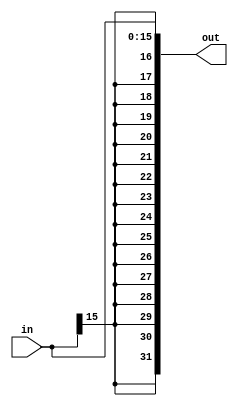
`timescale 1ns / 1ps
//////////////////////////////////////////////////////////////////////////////////
// Company: 
// Engineer: 
// 
// Design Name: 
// Module Name: signExtend
// Project Name: 
// Target Devices: 
// Tool Versions: 
// Description: 
// 
// Dependencies: 
// 
// Revision:
// Revision 0.01 - File Created
// Additional Comments:
// 
//////////////////////////////////////////////////////////////////////////////////


module signExtend(
    input [15:0] in,
    output [31:0] out
    );
    
    
    assign out[15:0] = in[15:0];
    assign out[31:16] = {16{in[15]}};
endmodule